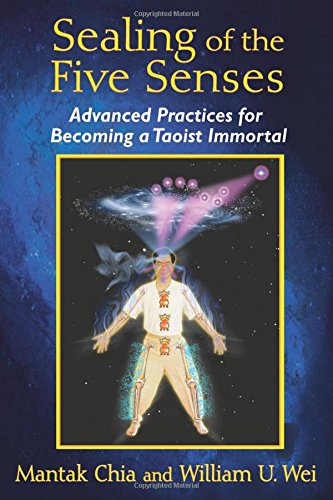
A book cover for Sealing of the Five Senses: Advanced Practices for Becoming a Taoist Immortal; Mantak Chia; Health, Fitness & Dieting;